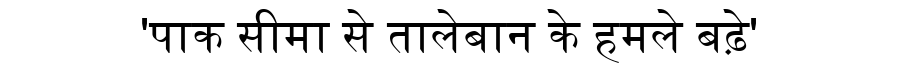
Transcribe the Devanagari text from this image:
'पाक सीमा से तालेबान के हमले बढ़े'